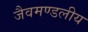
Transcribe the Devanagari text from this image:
जैवमण्डलीय